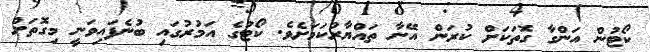
ކޯޓުން އަންގާ ގޮތަކަށް ކުރަން އޭނާ ތައްޔާރުކަމަށެވެ. ކޯޓުގެ އަމުރުގައި ބުނެފައިވަނީ މިގޮތަށް